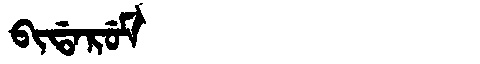
Manchu: ᠪᡳᡩᠠᡵᡠᠮ
Romanization: BIDARUM